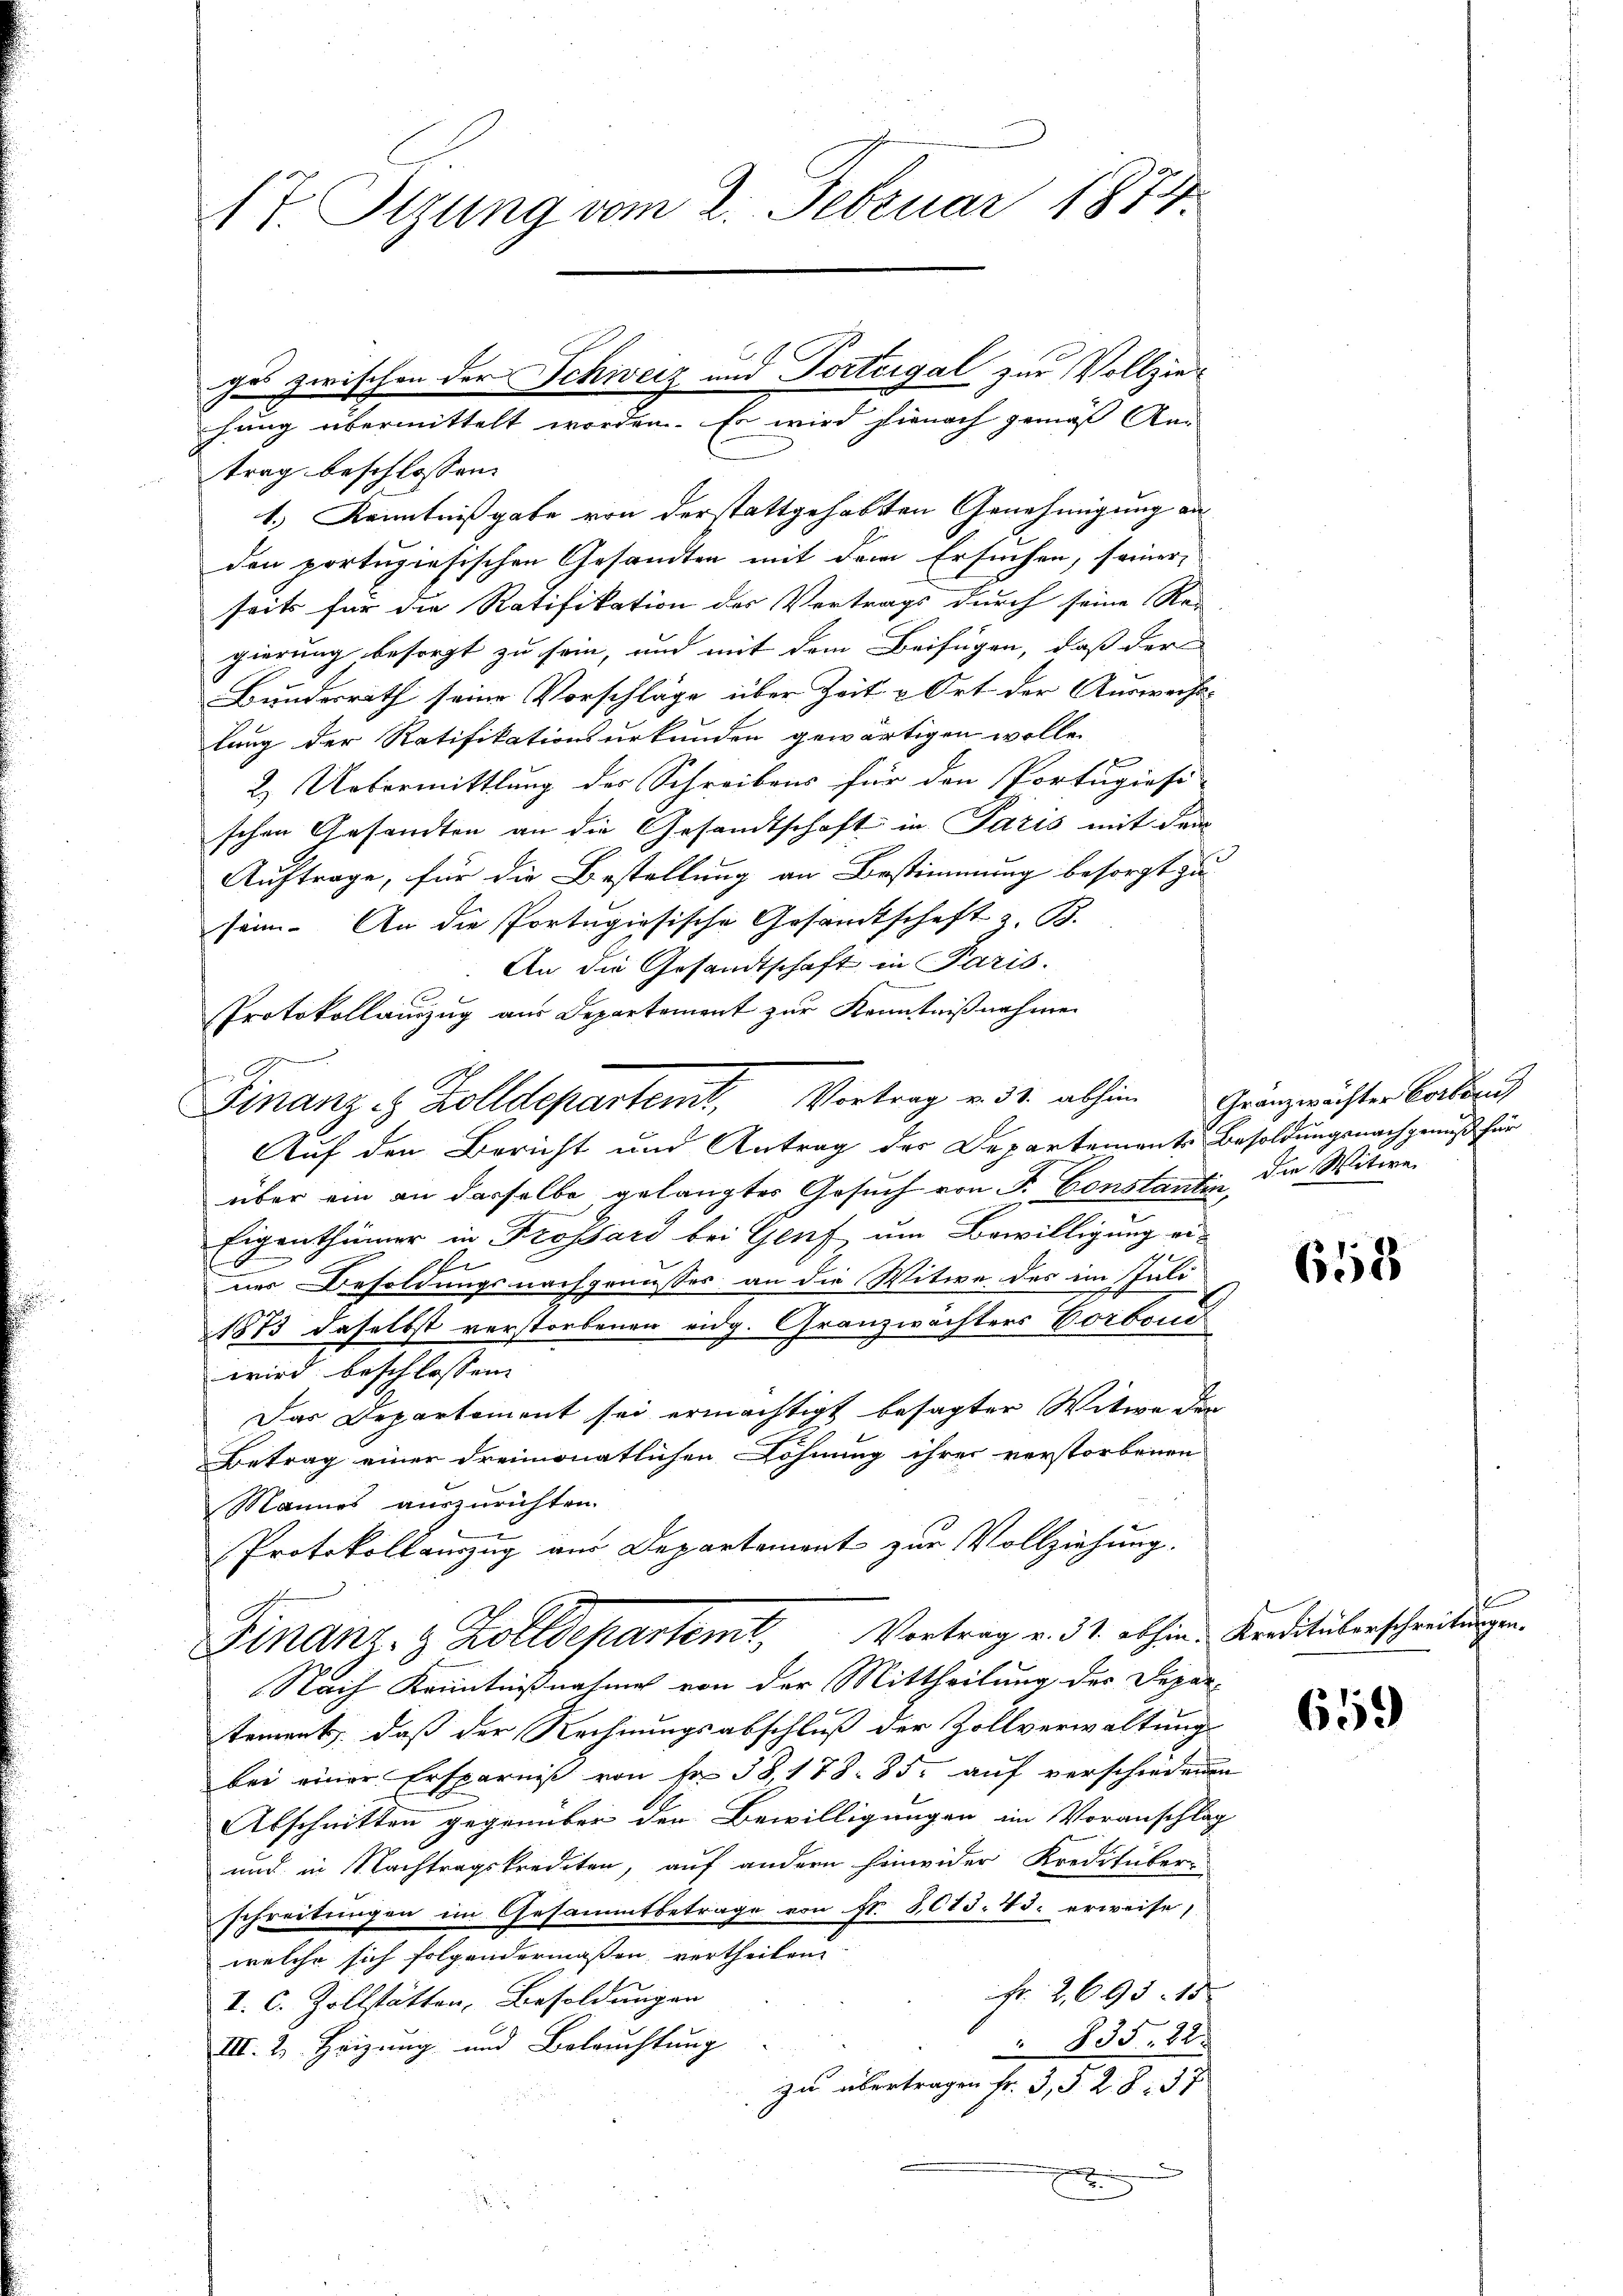
17. Otzung vom 2. Februar 1874.

trag beschlossen:
1.) Kenntnißgabe von derstattgehabten Genehmigung an
den portugiesischen Gesandten mit dem Ersuchen, seiner
seits für die Ratifikation des Vertrags durch seine Re-
gierung besorgt zu sein, und mit dem Beifügen, dass der
Bundesrath seine Vorschläge über Zeit u Ort der Auswechs-
lung der Ratifikationsurkunden gewärtigen wolle.
2.) Uebermittlung des Schreibens für den Portugiosi
schen Gesandten an die Gesandtschaft in Paris mit dem
Auftrage, für die Bestellung an Bestimmung besorgt zu
sein. An die Portugiosische Gesamtschaft z. B.
An die Gesandtschaft in Paris.
Protokollauszug aus Departement zur Kenntnißnahmen
f
Finanze Zolldepartemt, Vortrag v. 31. abhin Gränzmächter Carlsruh
Auf den Bericht und Antrag der Departement Besoldungsnachgenuß für
über ein an derselbe gelangter Gesuch von F. Constantin, die Witwe
Eigenthümer in Trossard bei Genf, um Bewilligung ei-
ner Besoldungsnachgenusses an die Witwe des im Juli
1873 daselbst verstorbenen eidg. Granzwächters Vorbone
wird beschlossen:
Das Departement sei ermächtigt besagter Witwe der
Betrag einer dreimonatlichen Löhnung ihrer verstorbenen
Mannes auszurichten.
Protokollamzug aus Departement zur Vollziehung.
Finanz- & Zolldepartemt, Vortrag v. 31. abhin Kreditälerschreibungen.
Nach Kenntnißnahme von der Mittheilung des Depar-
tement, daß der Rechnungsabschluß der Zollverwaltung
bei einer Ersparniß von Fr. 38, 178. 85. auf verschiedenen
Abschnitten gegenüber den Bewilligungen im Voranschlag
und in Nachtragskrediten, auf andern hinwider Kreditüber-
schreitungen im Gesammtbetrage von Nr. 3,015. 435. erweise,
welche sich folgendermaßen vertheilen
Fr. 2. 695. 15
V. C. Zollstätten, Besoldungen
 805. 22.
III. 2. Heizung und Beleuchtung
zu übertragen Fr. 35. 28. 37
x

ges zwischen der Schweiz und Torteigel zur Vollziehung übermittelt worden. Es wird hienach gemäß Ann

658

e

659